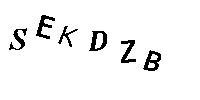
SEKDZB